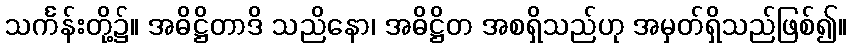
သင်္ကန်းတို့၌။ အဓိဋ္ဌိတာဒိ သညိနော၊ အဓိဋ္ဌိတ အစရှိသည်ဟု အမှတ်ရှိသည်ဖြစ်၍။